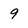
Character: 9